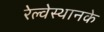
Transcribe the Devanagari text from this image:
रेल्वेस्थानके